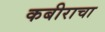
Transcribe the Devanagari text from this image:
कबीराचा